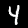
Label: 4